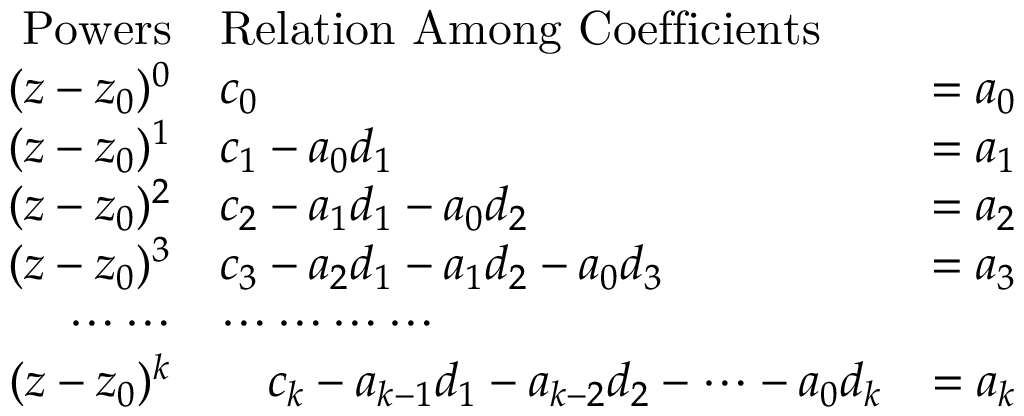
\begin{array} { r l r } { \mathrm { P o w e r s } } & { \mathrm { R e l a t i o n \ A m o n g \ C o e f f i c i e n t s } } & \\ { ( z - z _ { 0 } ) ^ { 0 } } & { c _ { 0 } } & { = a _ { 0 } } \\ { ( z - z _ { 0 } ) ^ { 1 } } & { c _ { 1 } - a _ { 0 } d _ { 1 } } & { = a _ { 1 } } \\ { ( z - z _ { 0 } ) ^ { 2 } } & { c _ { 2 } - a _ { 1 } d _ { 1 } - a _ { 0 } d _ { 2 } } & { = a _ { 2 } } \\ { ( z - z _ { 0 } ) ^ { 3 } } & { c _ { 3 } - a _ { 2 } d _ { 1 } - a _ { 1 } d _ { 2 } - a _ { 0 } d _ { 3 } } & { = a _ { 3 } } \\ { \cdots \cdots } & { \cdots \cdots \cdots \cdots } & \\ { ( z - z _ { 0 } ) ^ { k } } & { \, \, \, \, \, \, c _ { k } - a _ { k - 1 } d _ { 1 } - a _ { k - 2 } d _ { 2 } - \cdots - a _ { 0 } d _ { k } } & { = a _ { k } } \end{array}